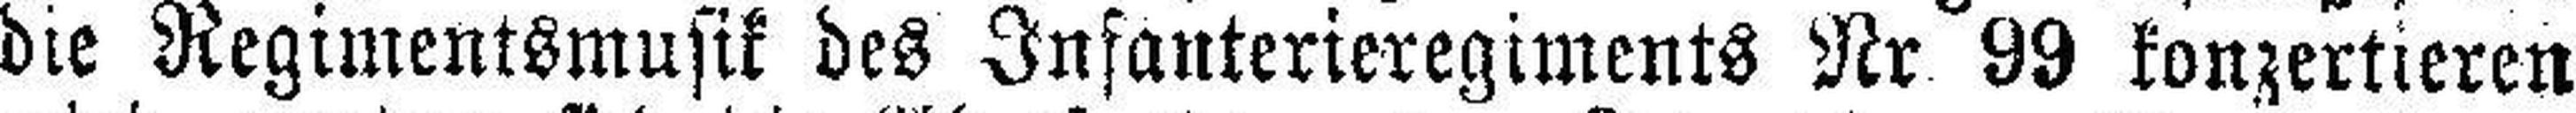
die Regimentsmusik des Infanterieregiments Nr 99 konzertieren